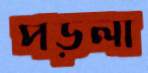
পড়লা